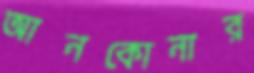
আনকোনার